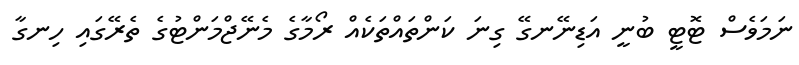
ނަމަވެސް ޓޮޓީ ބުނީ އަޑިނޭނގޭ ގިނަ ކަންތައްތަކެއް ރޯމާގެ މެނޭޖްމަންޓުގެ ތެރޭގައި ހިނގާ